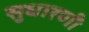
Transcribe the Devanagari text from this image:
सुधारणी